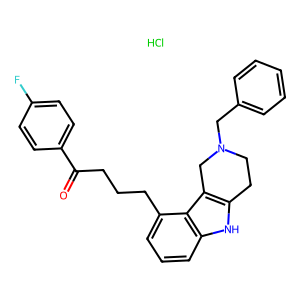
SMILES: Cl.O=C(CCCc1cccc2[nH]c3c(c12)CN(Cc1ccccc1)CC3)c1ccc(F)cc1
Inhibits HIV replication: No